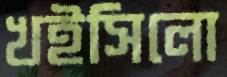
খইসিলো